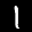
Label: 1